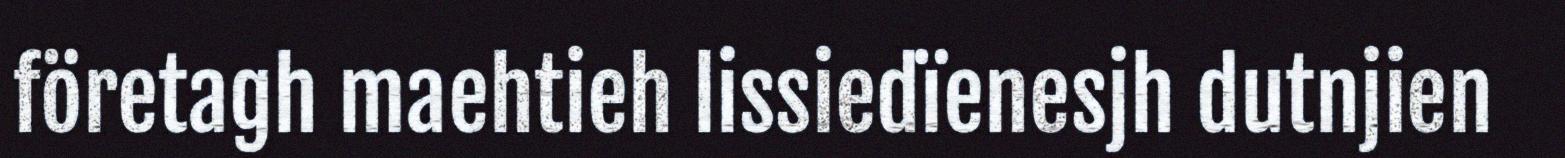
företagh maehtieh lissiedïenesjh dutnjien